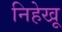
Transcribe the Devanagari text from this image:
निहेखू